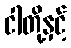
ငါတို့နှင့်